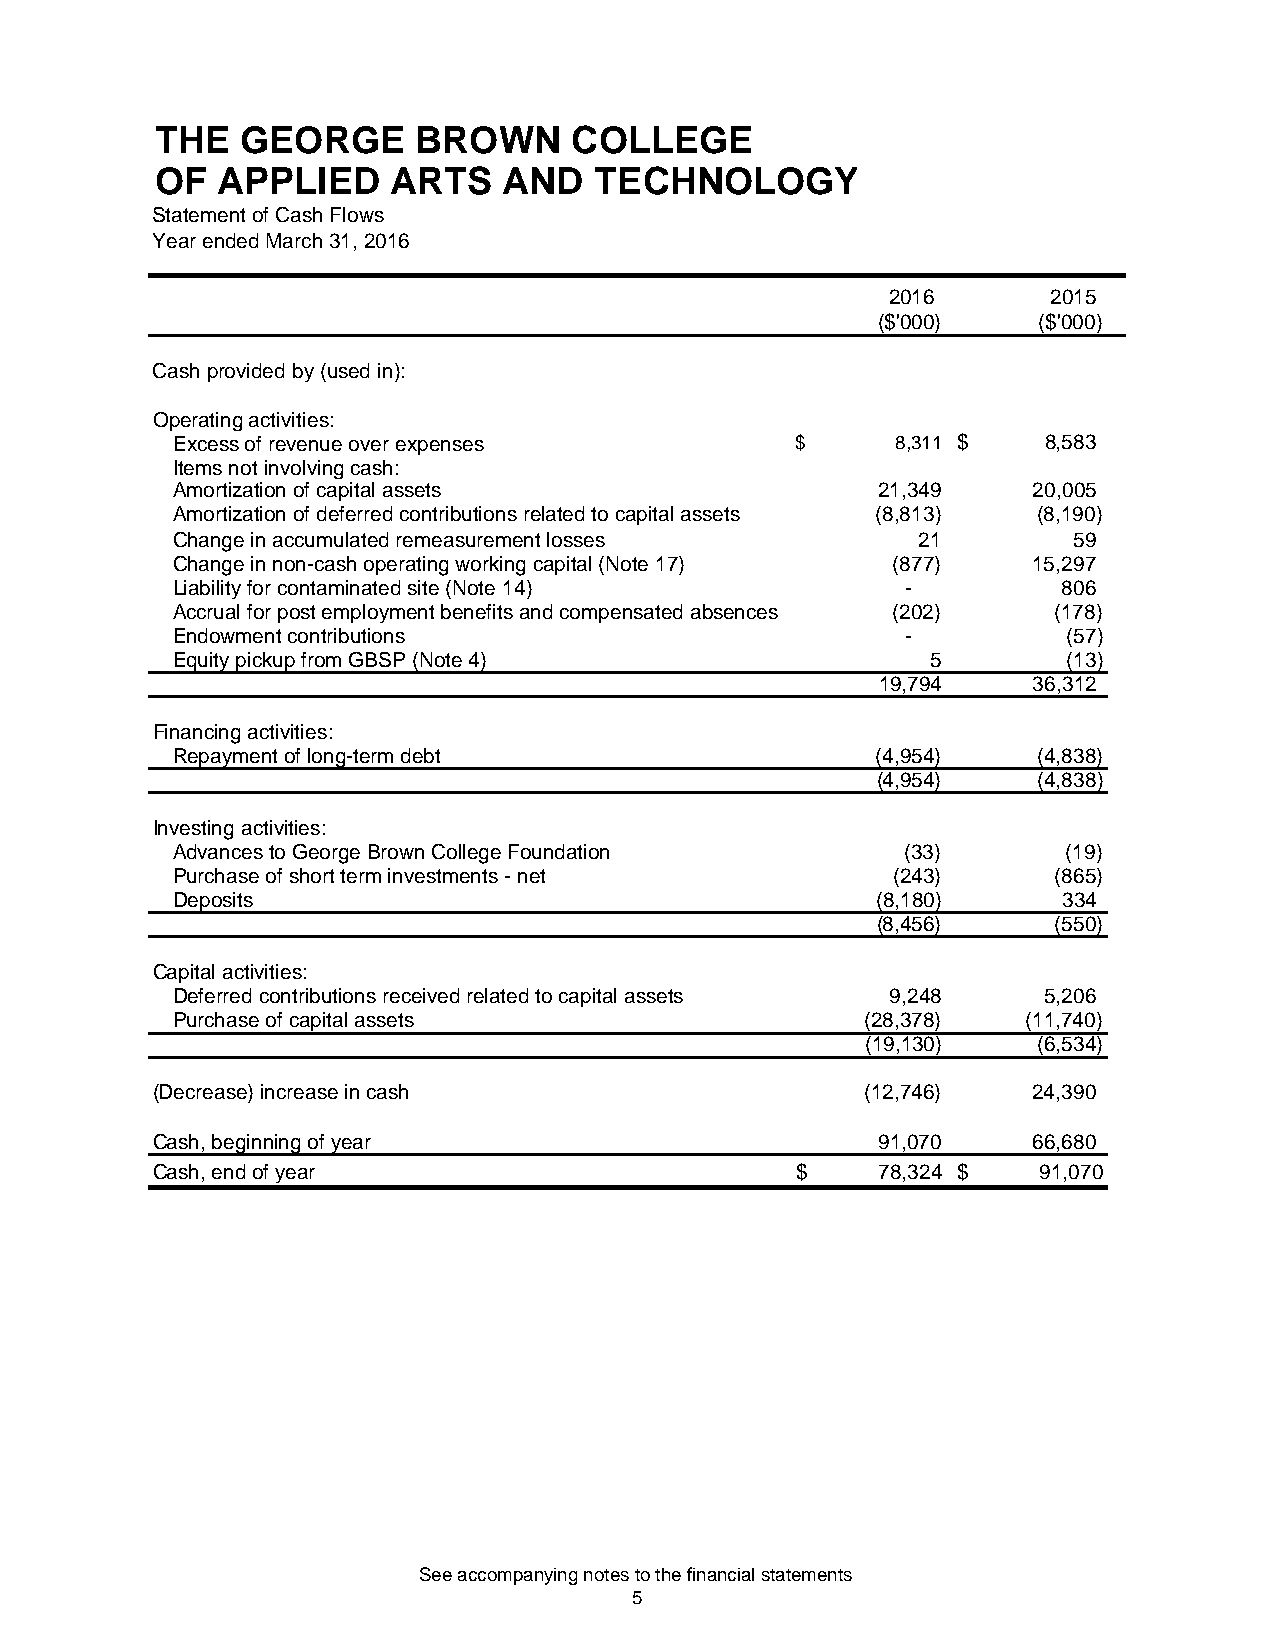
THE   GEORGE     BROWN      COLLEGE
 OF  APPLIED     ARTS   AND   TECHNOLOGY
 Statement of Cash Flows
 Year ended March 31, 2016
 2016       2015
 ($'000)    ($'000)
 Cash provided by (used in):
 Operating activities:
 Excess of revenue over expenses           $     8,311 $   8,583
 Items not involving cash:
 Amortization of capital assets                 21,349    20,005
 Amortization of deferred contributions related to capital assets (8,813) (8,190)
 Change in accumulated remeasurement losses        21        59
 Change in non-cash operating working capital (Note 17) (877) 15,297
 Liability for contaminated site (Note 14)        -         806
 Accrual for post employment benefits and compensated absences (202) (178)
 Endowment contributions                          -          (57)
 Equity pickup from GBSP (Note 4)                   5        (13)
 19,794    36,312
 Financing activities:
 Repayment of long-term debt                    (4,954)    (4,838)
 (4,954)    (4,838)
 Investing activities:
 Advances to George Brown College Foundation      (33)       (19)
 Purchase of short term investments - net        (243)      (865)
 Deposits                                       (8,180)     334
 (8,456)     (550)
 Capital activities:
 Deferred contributions received related to capital assets 9,248 5,206
 Purchase of capital assets                    (28,378)   (11,740)
 (19,130)    (6,534)
 (Decrease) increase in cash                    (12,746)   24,390
 Cash, beginning of year                         91,070    66,680
 Cash, end of year                          $    78,324 $   91,070
 See accompanying notes to the financial statements
 5